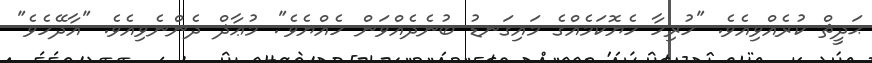
ޙަދީޘް ކުރެއްވިއެވެ. "ހުރިހާ ހެޔޮކަމެއްގެ މައިގަނޑު ބުނެދެއްވަން ހެއްޔެވެ". މުޢާޛް ދެންނެވިއެވެ. "އާދޭހެވެ"